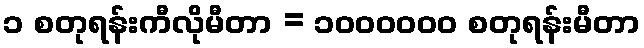
၁ စတုရန်းကီလိုမီတာ = ၁၀၀၀၀၀၀ စတုရန်းမီတာ